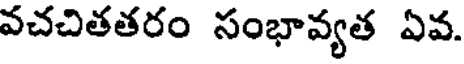
వచచితతరం సంభావ్యత ఏవ.